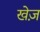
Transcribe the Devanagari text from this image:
खेज़